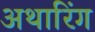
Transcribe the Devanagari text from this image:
अथारिंग